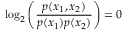
\log _ { 2 } \left( \frac { p ( x _ { 1 } , x _ { 2 } ) } { p ( x _ { 1 } ) p ( x _ { 2 } ) } \right) = 0